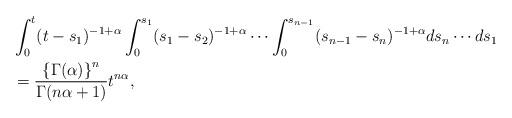
LaTeX: \begin{align*}&\int^t_0 (t-s_1)^{-1+\alpha}\int^{s_1}_0 (s_1-s_2)^{-1+\alpha}\cdots \int^{s_{n-1}}_0 (s_{n-1}-s_n)^{-1+\alpha} ds_n \cdots ds_1\\&=\frac{\left\{\Gamma(\alpha)\right\}^{n}}{\Gamma(n\alpha+1)} t^{n\alpha},\end{align*}